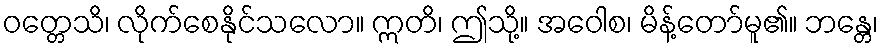
ဝတ္တေသိ၊ လိုက်စေနိုင်သလော။ ဣတိ၊ ဤသို့။ အဝေါစ၊ မိန့်တော်မူ၏။ ဘန္တေ၊